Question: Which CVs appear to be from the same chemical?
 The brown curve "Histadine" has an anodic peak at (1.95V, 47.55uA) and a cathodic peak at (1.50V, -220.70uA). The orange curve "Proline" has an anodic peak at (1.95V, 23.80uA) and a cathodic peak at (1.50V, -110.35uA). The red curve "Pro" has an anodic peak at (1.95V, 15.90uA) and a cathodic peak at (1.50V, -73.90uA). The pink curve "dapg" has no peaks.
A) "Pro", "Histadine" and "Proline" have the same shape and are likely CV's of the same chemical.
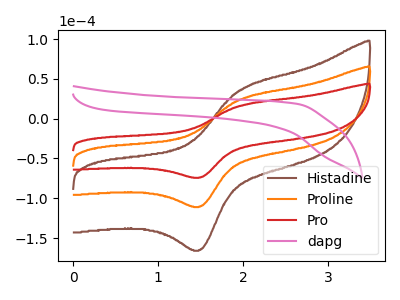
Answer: <think>All the peaks in "Histadine" have a peak in "Proline" at the same potential. Every peak in "Histadine" is higher than every peak in "Proline". All the peaks in "Histadine" have a peak in "Pro" at the same potential. Every peak in "Histadine" is higher than every peak in "Pro". "Histadine" and "dapg" have a different number of peaks. All the peaks in "Proline" have a peak in "Pro" at the same potential. Every peak in "Proline" is higher than every peak in "Pro". "Proline" and "dapg" have a different number of peaks. "Pro" and "dapg" have a different number of peaks.
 </think>
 <answer>A) "Pro", "Histadine" and "Proline" have the same shape and are likely CV's of the same chemical.</answer>
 <eval>A</eval>